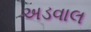
અડવાલ